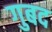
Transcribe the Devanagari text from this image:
गुबद